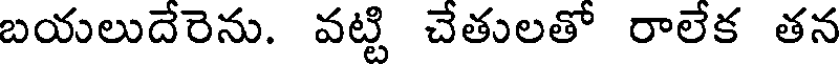
బయలుదేరెను. వట్టి చేతులతో రాలేక తన